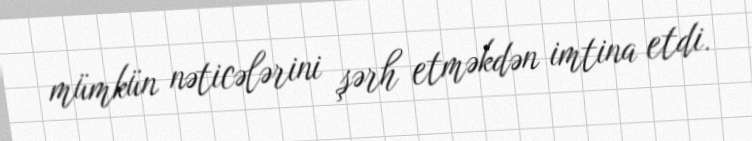
mümkün nəticələrini şərh etməkdən imtina etdi.